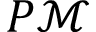
P \mathcal M